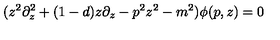
( z ^ { 2 } \partial _ { z } ^ { 2 } + ( 1 - d ) z \partial _ { z } - p ^ { 2 } z ^ { 2 } - m ^ { 2 } ) \phi ( p , z ) = 0